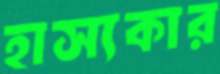
হাস্যকার